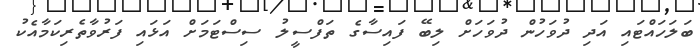
ބަލަހައްޓައި އަދި ދުވަހުން ދުވަހަށް ލިބޭ ފައިސާގެ ތަފްސީލު ސިސްޓަމަށް އަޅައި ފަރުވާތެރިކަމާއެކު